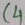
Text: C4